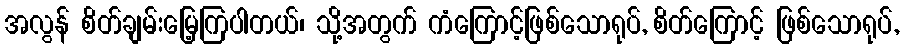
အလွန် စိတ်ချမ်းမြေ့ကြပါတယ်၊ သို့အတွက် ကံကြောင့်ဖြစ်သောရုပ်, စိတ်ကြောင့် ဖြစ်သောရုပ်,